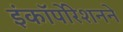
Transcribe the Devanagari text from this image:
इंकॉर्पोरेशनने